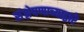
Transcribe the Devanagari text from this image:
संश्लेषणाच्याद्वारे